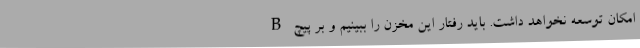
B امکان توسعه نخواهد داشت. باید رفتار این مخزن را ببینیم و بر پیچ